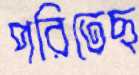
পরিতেছ